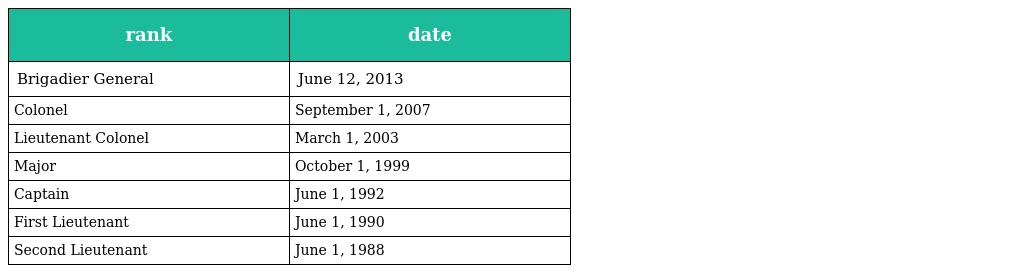
| rank | date |
 | --- | --- |
 | Brigadier General | June 12, 2013 |
 | Colonel | September 1, 2007 |
 | Lieutenant Colonel | March 1, 2003 |
 | Major | October 1, 1999 |
 | Captain | June 1, 1992 |
 | First Lieutenant | June 1, 1990 |
 | Second Lieutenant | June 1, 1988 |